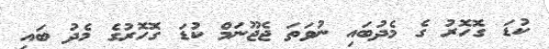
ކުޑަ ގޮހޮރު ގެ މެދުބައި ނުވަތަ ޖެޖޫނަމް ކުޑަ ގޮހޮރުގެ މެދު ބައި